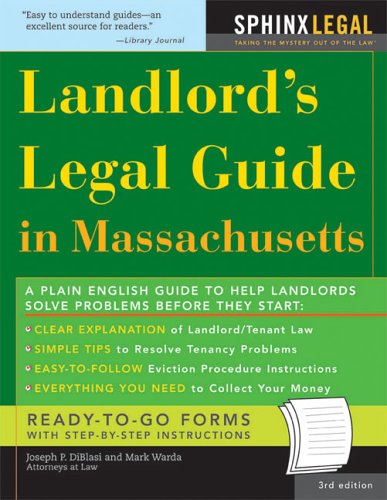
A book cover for Landlord's Legal Guide in Massachusetts, 3E (Legal Survival Guides); Joseph DiBlasi; Business & Money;